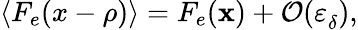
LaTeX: \left\langle F_{e}(x-\rho)\right\rangle=F_{e}(\textbf{x})+\mathcal{O}(\varepsilon_{\delta}^{}),